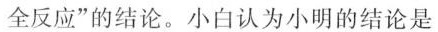
全反应”的结论。小白认为小明的结论是